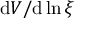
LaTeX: \mathrm { d } V / \mathrm { d } \ln \xi